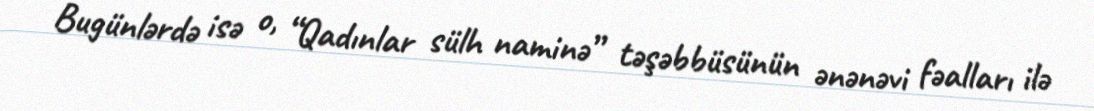
Bugünlərdə isə o, “Qadınlar sülh naminə” təşəbbüsünün ənənəvi fəalları ilə